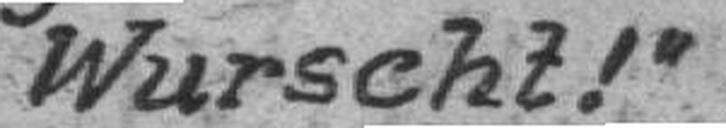
Wurscht!“